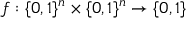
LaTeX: f : \{ 0 , 1 \} ^ { n } \times \{ 0 , 1 \} ^ { n } \to \{ 0 , 1 \}